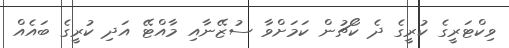
ވިކްޓަރީގެ ކުރީގެ ދެ ކޯޗުން ކަމަށްވާ ސުޒޭނާއި މާއްޓޭ އަދި ކުރީގެ ބައެއް